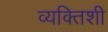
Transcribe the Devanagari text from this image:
व्यक्तिशी